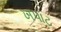
ખપાટ